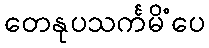
တေနုပသင်္ကမိံပေ